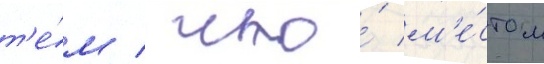
т'е́м / что́ м'е́стом